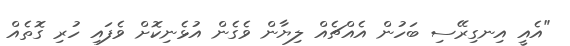
"އެއީ އިނގިރޭސި ބަހުން އެއްޗެއް ލިޔާން ވެގެން އުޅެނިކޮށް ވެފައި ހުރި ގޮތެއް